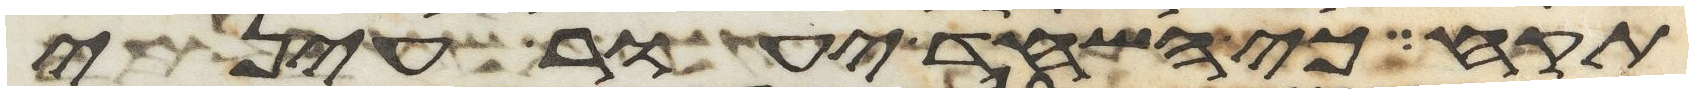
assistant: תקח כי השחד יעור עיני